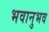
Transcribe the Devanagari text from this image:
भवानुभव